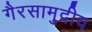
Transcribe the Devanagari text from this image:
गैरसामुद्रीय